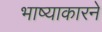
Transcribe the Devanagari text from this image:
भाष्याकारने